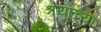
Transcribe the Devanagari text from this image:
श्रेयाच्या